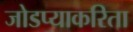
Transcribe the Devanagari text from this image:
जोडप्याकरिता